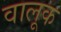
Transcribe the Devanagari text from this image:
वालूक